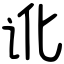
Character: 讹